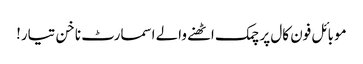
موبائل فون کال پر چمک اٹھنے والے اسمارٹ ناخن تیار!